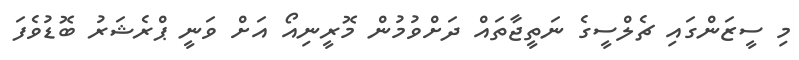
މި ސީޒަންގައި ޗެލްސީގެ ނަތީޖާތައް ދަށްވުމުން މޮރީނިއޯ އަށް ވަނީ ޕްރެޝަރު ބޮޑުވެފަ